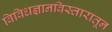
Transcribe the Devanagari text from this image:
विविधज्ञानविस्तारातून